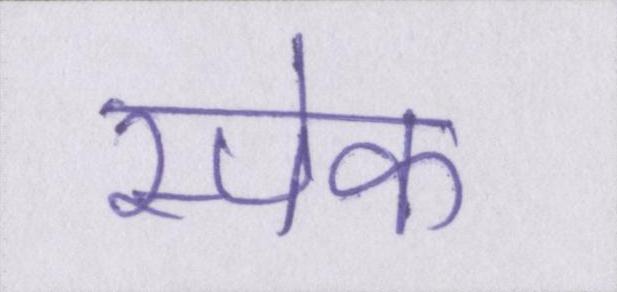
स्पेक